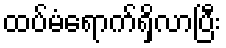
ထပ်မံရောက်ရှိလာပြီး